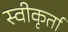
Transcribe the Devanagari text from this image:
स्वीकृर्ता